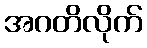
အဂတိလိုက်